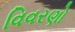
વિવરણો